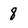
Character: 8